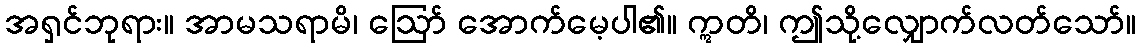
အရှင်ဘုရား။ အာမသရာမိ၊ ဩော် အောက်မေ့ပါ၏။ ဣတိ၊ ဤသို့လျှောက်လတ်သော်။